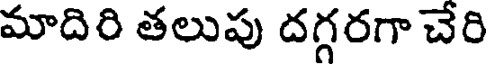
మాదిరి తలుపు దగ్గరగా చేరి